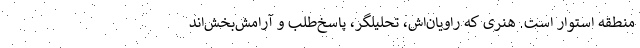
منطقه استوار است. هنری که راویان‌اش، تحليلگر، پاسخ‌طلب و آرامش‌بخش‌اند